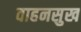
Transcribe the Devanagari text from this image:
वाहनसुख